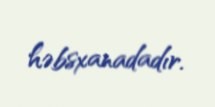
həbsxanadadır.